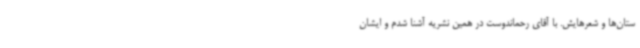
ستان‌ها و شعرهایش. با آقای رحماندوست در همین نشریه آشنا شدم و ایشان